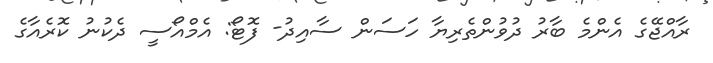
ރާއްޖޭގެ އެންމެ ބާރު ދުވުންތެރިޔާ ހަސަން ސާއިދު- ފޮޓޯ: އެމްއޯސީ ދެކުނު ކޮރެއާގެ